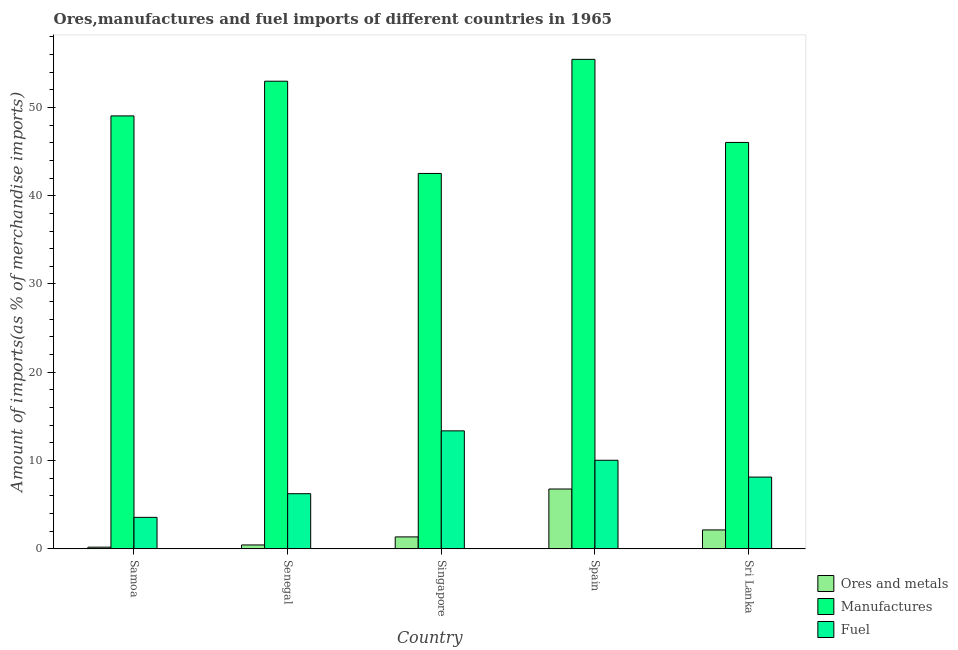
| Country | Ores and metals | Manufactures | Fuel |
 | --- | --- | --- | --- |
 | Samoa | 0.192 | 49 | 3.57 |
 | Senegal | 0.441 | 53 | 6.25 |
 | Singapore | 1.35 | 42.5 | 13.4 |
 | Spain | 6.78 | 55.4 | 10 |
 | Sri Lanka | 2.14 | 46 | 8.13 |